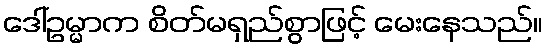
ဒေါ်ဥမ္မာက စိတ်မရှည်စွာဖြင့် မေးနေသည်။